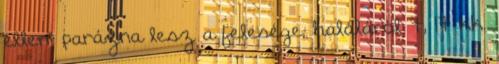
ellen: parázna lesz a felesége, haláláról 7, 17 kk.